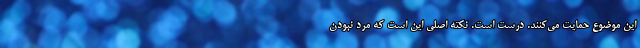
اين موضوع حمايت مي‌کنند. درست است. نکته اصلي اين است که مرد نبودن